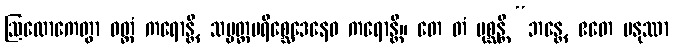
ဩလောကေတွာ ဝတ္တံ ကရောန္တိ, သမ္ပတ္တပရိစ္ဆေဒေနေဝ ကရောန္တိ။ တေ တံ ပုစ္ဆန္တိ “ဘန္တေ, ဧတေ မနုဿာ